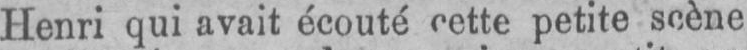
Henri qui avait écouté cette petite scène